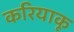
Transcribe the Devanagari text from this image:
करियाकू